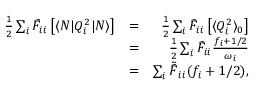
\begin{array} { r l r } { \frac { 1 } { 2 } \sum _ { i } \bar { F } _ { i i } \left[ \langle N | Q _ { i } ^ { 2 } | N \rangle \right] } & { = } & { \frac { 1 } { 2 } \sum _ { i } \bar { F } _ { i i } \left[ \langle Q _ { i } ^ { 2 } \rangle _ { 0 } \right] } \\ & { = } & { \frac { 1 } { 2 } \sum _ { i } \bar { F } _ { i i } \frac { f _ { i } + 1 / 2 } { \omega _ { i } } } \\ & { = } & { \sum _ { i } \tilde { \bar { F } } _ { i i } { ( f _ { i } + 1 / 2 ) } , } \end{array}